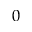
0